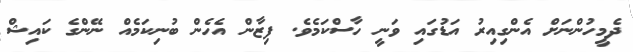
ދެމީހުންނަށް އެންގިއިރު އަޑުގައި ވަނީ ހާސްކަމެވެ. ފިޒާން އެހެން ބުނިކަމެއް ނޭންގެ ކައިޝް